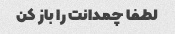
لطفا چمدانت را باز کن